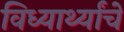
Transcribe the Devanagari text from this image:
विध्यार्थ्यांचे